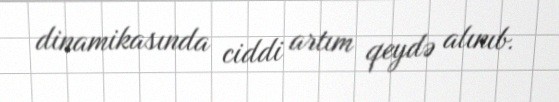
dinamikasında ciddi artım qeydə alınıb.